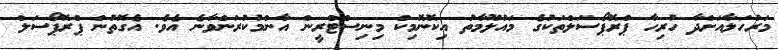
މަރުހަލާއަށްދާ ހުރިހާ ޕްްރޮޕޯސަލްތަކުގެ މައުލޫމާތު އިކޮނޮމިކް މިނިސްޓްރީން އާންމުކުރަންވާނެ އެވެ. އެގޮތުން ޕްރޮޕޯސަލް